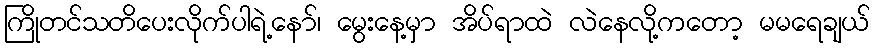
ကြိုတင်သတိပေးလိုက်ပါရဲ့နော်၊ မွေးနေ့မှာ အိပ်ရာထဲ လဲနေလို့ကတော့ မမရေချယ်